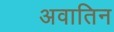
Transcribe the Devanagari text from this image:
अवातिन